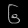
Digit: ၆